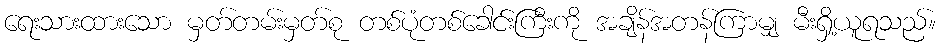
ရေးသားထားသော မှတ်တမ်းမှတ်စု တစ်ပုံတစ်ခေါင်းကြီးကို အချိန်အတန်ကြာမျှ မီးရှိ့ယူရသည်။